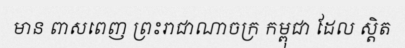
មាន ពាសពេញ ព្រះរាជាណាចក្រ កម្ពុជា ដែល ស្តិត